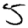
Digit: 5